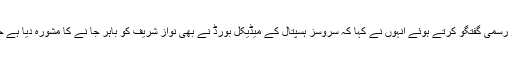
احتساب عدالت میں پیشی کے موقع پر میڈیا سے غیر رسمی گفتگو کرتے ہوئے انہوں نے کہا کہ سروسز ہسپتال کے میڈیکل بورڈ نے بھی نواز شریف کو باہر جا نے کا مشورہ دیا ہے جبکہ ہمارے میڈیکل بورڈ نے بھی یہ تجویز دی ہے۔